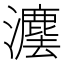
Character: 𱪄